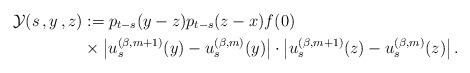
LaTeX: \begin{align*}\mathcal{Y}(s\,,y\,,z) &:= p_{t-s}(y-z) p_{t-s}(z-x)f(0) \\&\times\left| u^{(\beta,m+1)}_s(y)-u^{(\beta,m)}_s(y) \right|\cdot \left|u^{(\beta,m+1)}_s(z)-u^{(\beta,m)}_s(z) \right|.\end{align*}